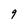
Character: 9